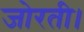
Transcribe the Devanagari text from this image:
जोरती।